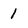
Character: 1